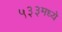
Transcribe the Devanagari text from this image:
५३३मध्ये